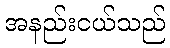
အနည်းငယ်သည်